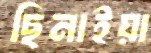
ছিনাইয়া